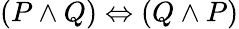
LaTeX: (P\land Q)\Leftrightarrow(Q\land P)